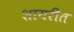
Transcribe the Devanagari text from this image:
शायरीत